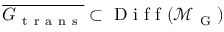
\overline { { G _ { \mathrm { ~ t ~ r ~ a ~ n ~ s ~ } } } } \subset \mathrm { ~ D ~ i ~ f ~ f ~ } ( \mathcal { M } _ { \mathrm { ~ G ~ } } )